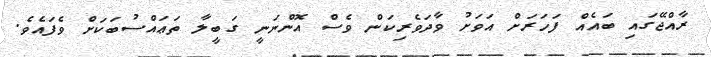
ރާއްޖޭގައި ބައެއް ފަހަރަށް އަވަށު ވާދަވެރިކަން ވެސް އޮންނަނީ ގަބީލާ ތަޢައްސުބަކަށް ވެފައެވެ.